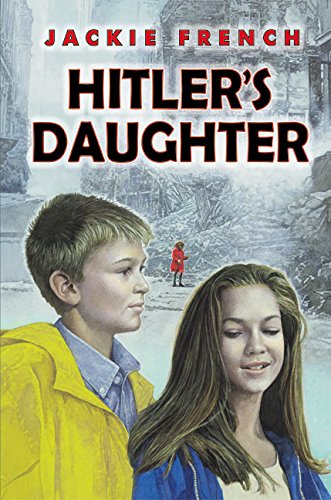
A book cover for Hitler's Daughter (Bccb Blue Ribbon Fiction Books (Awards)); Jackie French; Children's Books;